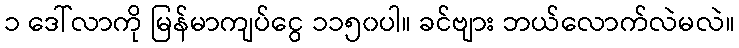
၁ ဒေါ်လာကို မြန်မာကျပ်ငွေ ၁၁၅၀ပါ။ ခင်ဗျား ဘယ်လောက်လဲမလဲ။